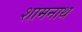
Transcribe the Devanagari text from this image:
शामनाथ